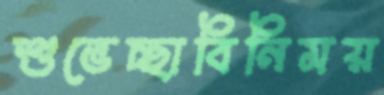
শুভেচ্ছাবিনিময়